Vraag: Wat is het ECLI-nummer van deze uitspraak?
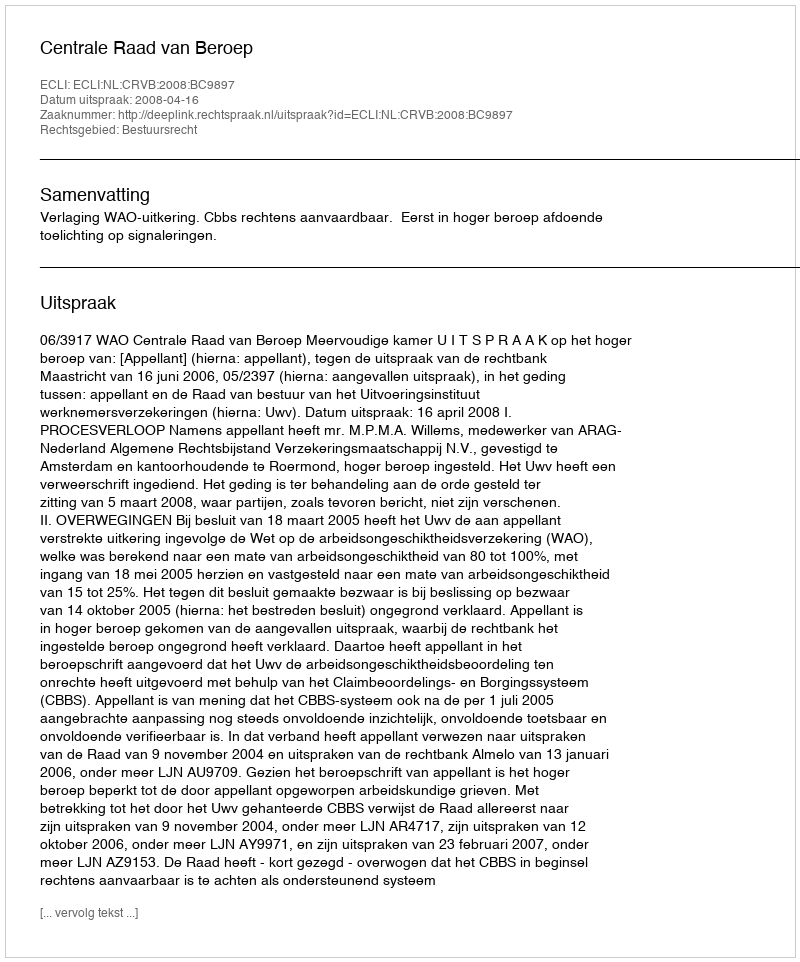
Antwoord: ECLI:NL:CRVB:2008:BC9897